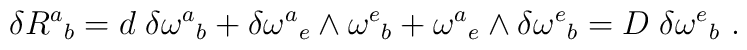
\delta R^a{}_b = d\;  \delta \omega^a{}_b + \delta \omega^a{}_e\wedge\omega^e{}_b + \omega^a{}_e \wedge  \delta \omega^e{}_b = D \;\delta \omega^e{}_b \ .